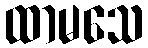
ထာမသေ